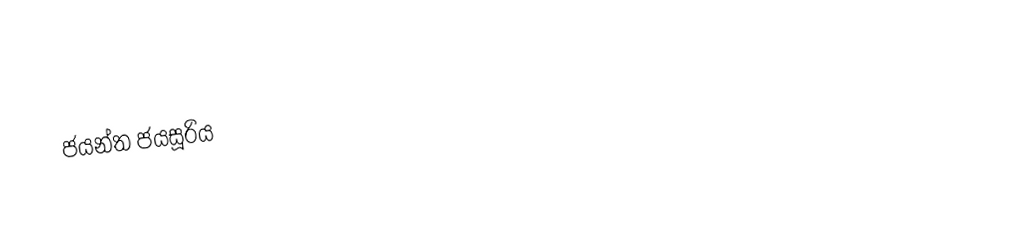
ජයන්ත ජයසූරිය